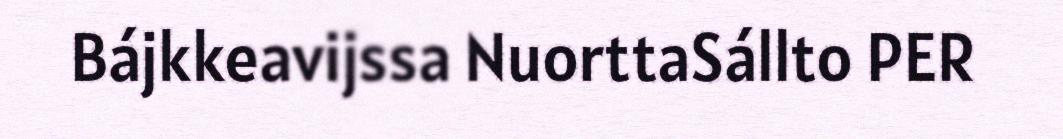
Bájkkeavijssa NuorttaSállto PER